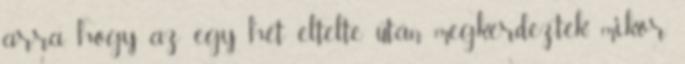
arra, hogy az egy hét eltelte után megkérdezték, mikor